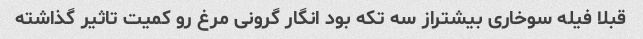
قبلا فیله سوخاری بیشتراز سه تکه بود انگار گرونی مرغ رو کمیت تاثیر گذاشته